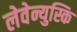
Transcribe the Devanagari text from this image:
लेवेन्युस्कि